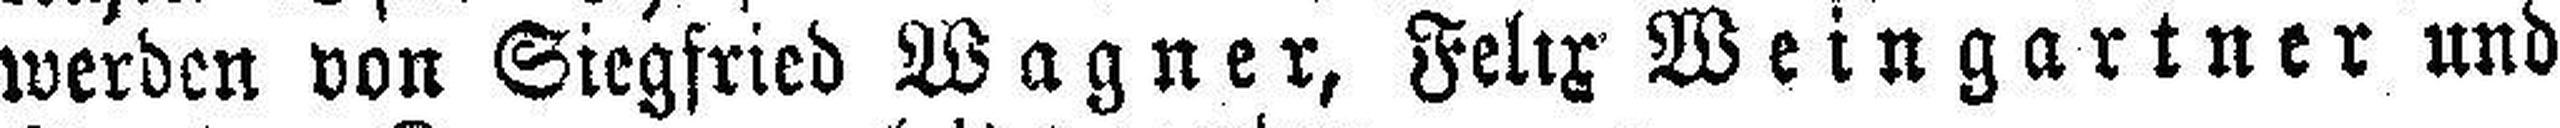
werden von Siegfried Wagner, Felix Weingartner und